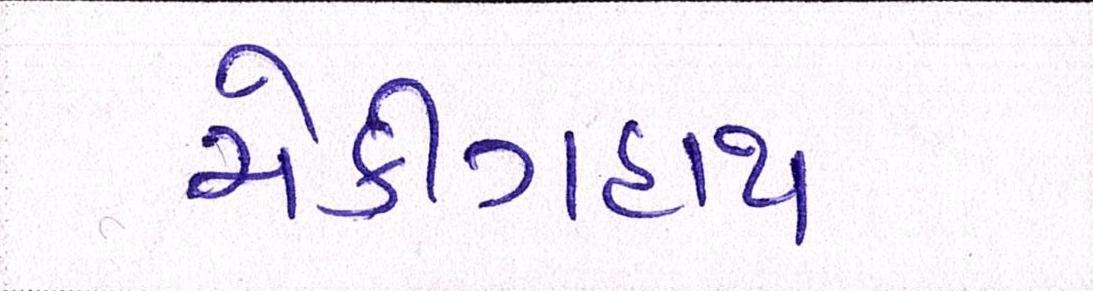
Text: ચેકીંગહાથ